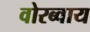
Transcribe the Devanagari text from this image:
वोरब्वाय